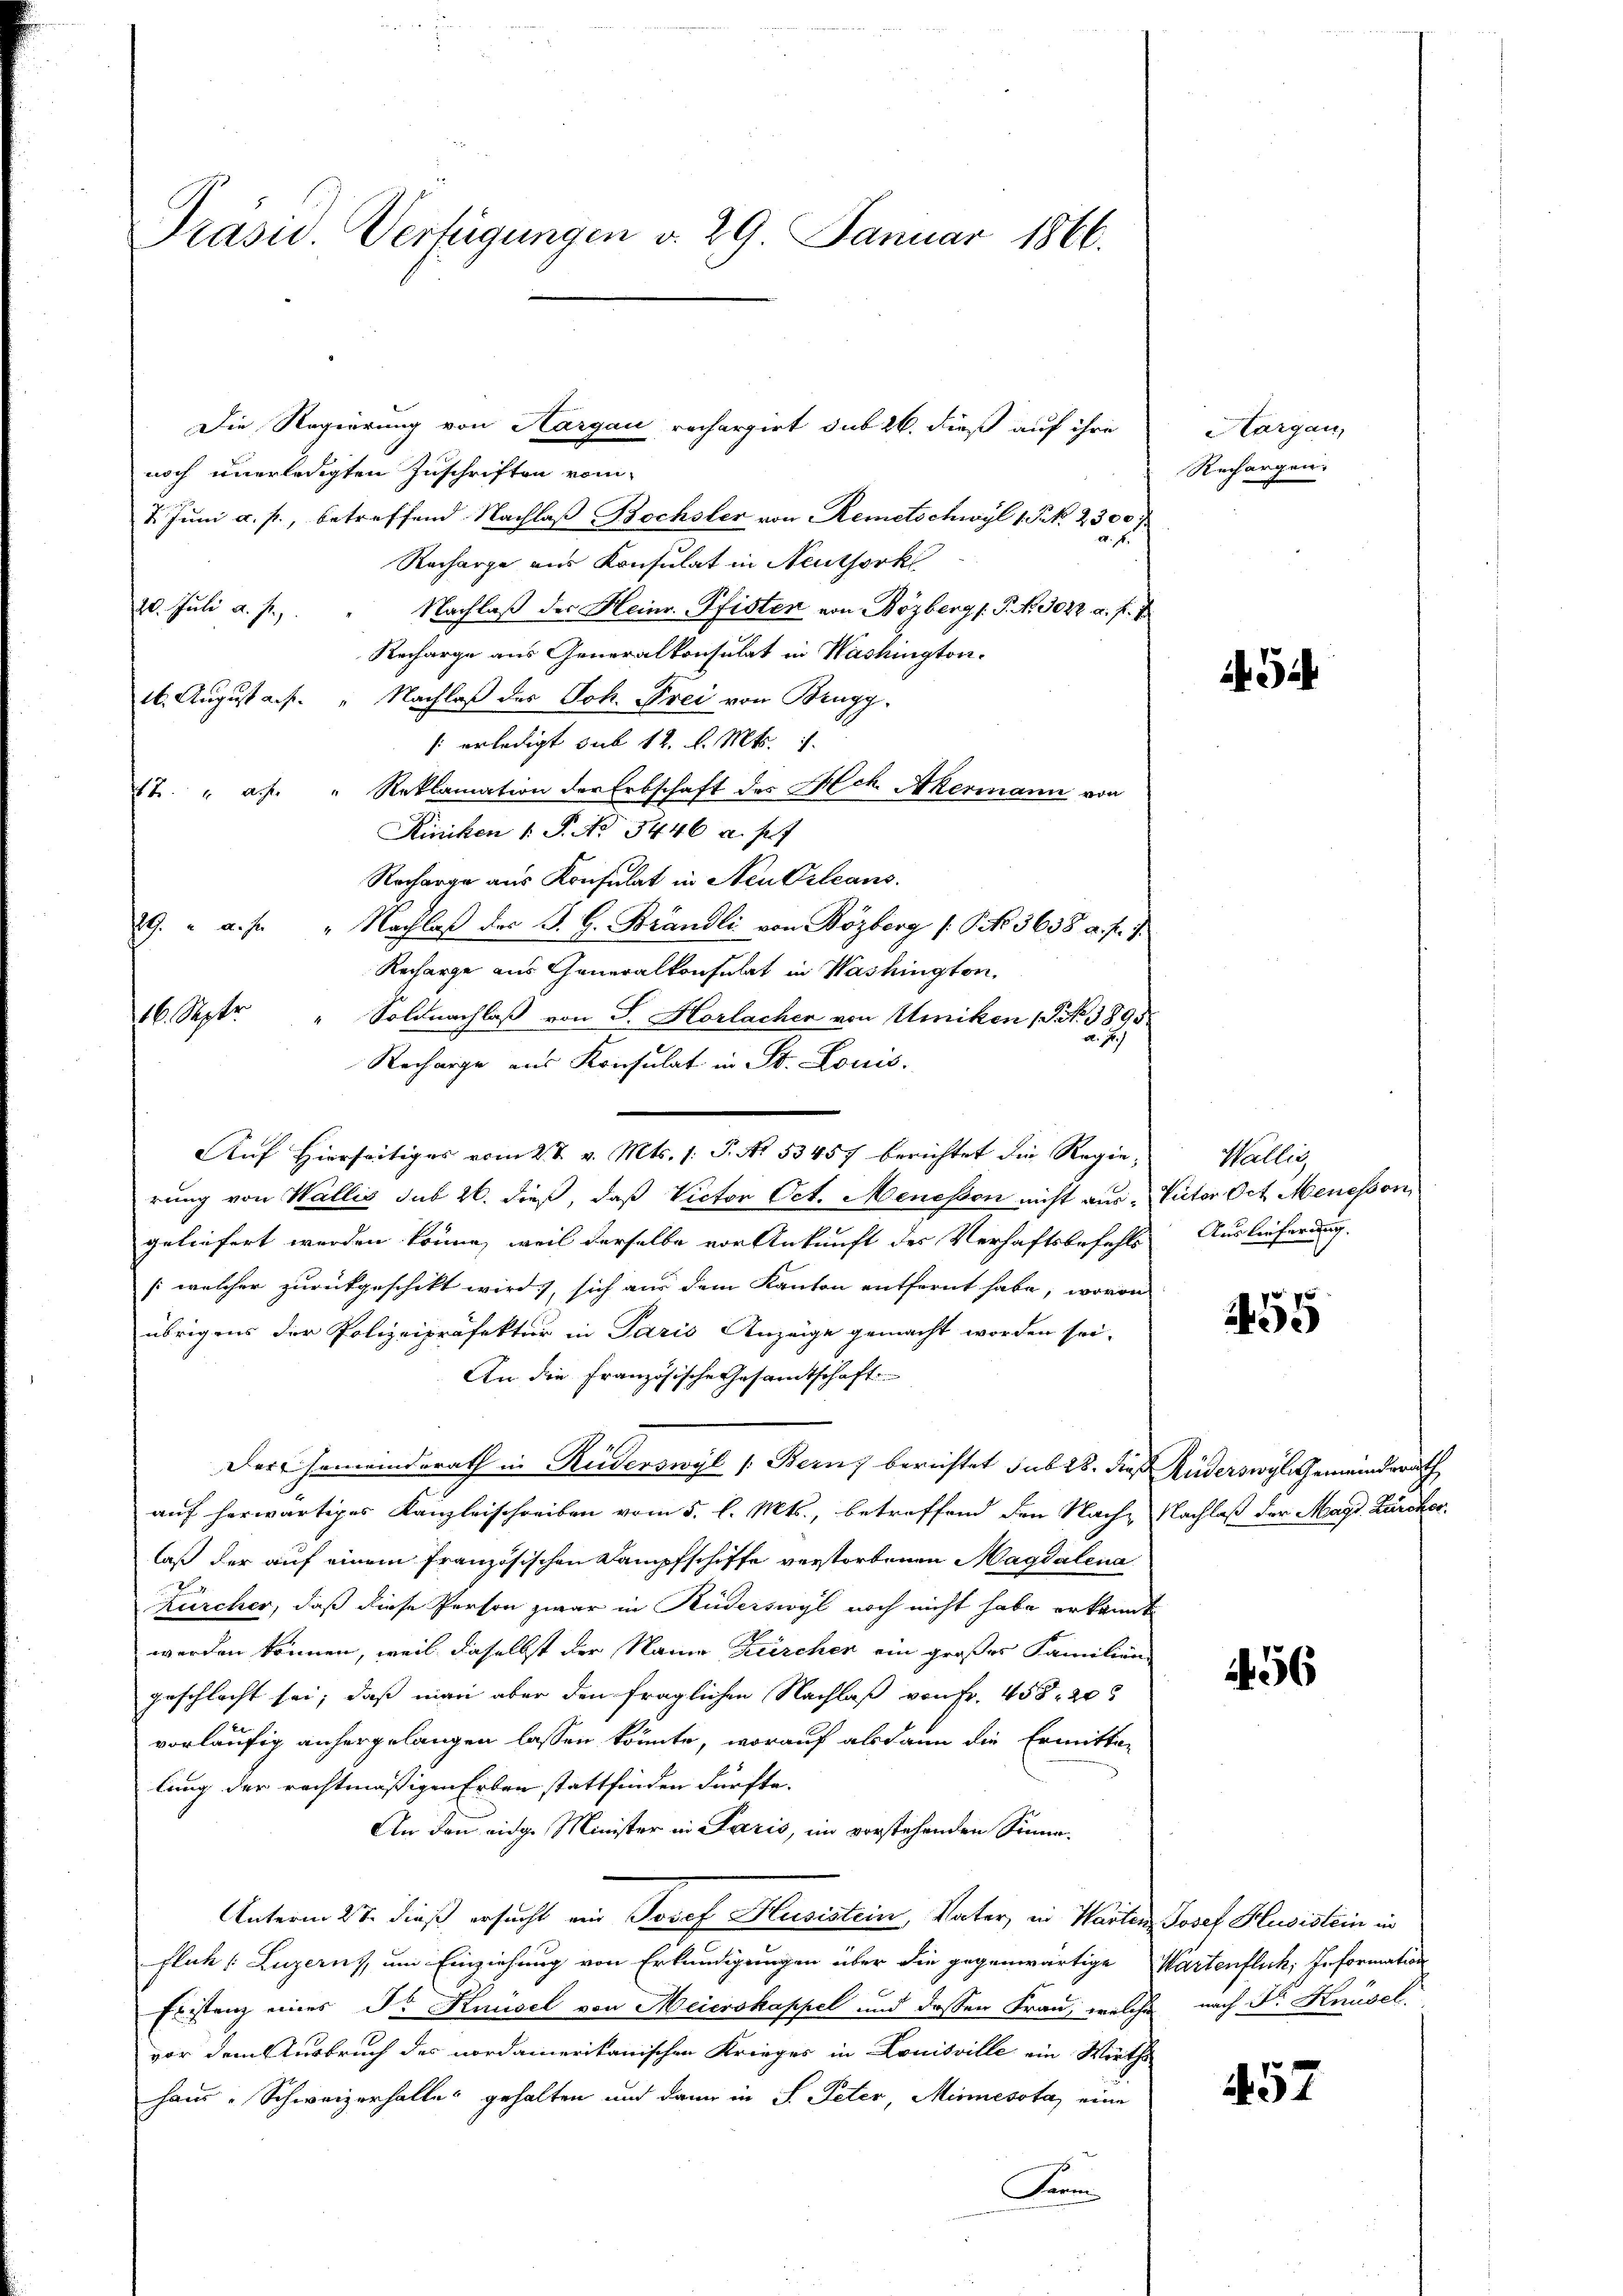
Prasis. Verfügungen d. 29. Januar 1866.

Die Regierung von Aargau rechargirt sub 26. dieß auf ihre
noch unerledigten Zuschriften vom
I. Juni a. p., betreffend Nachlaß Bochsler von Remetschwyl 1 Frk. 2300
Recharge ans Konsulat in Neuthork
20. Juli a. f.
Nachlaβ der Heinr. Pfisten von Bözberg /: P. Nr. 3022 a. f. 7
Recharge aus Generalkonsulat in Washington.
1. August a. f. " Nachlaß des Joh. Frei von Brugg,
/ erledigt sub 12. d. Mts.
1t. " a.h. " Reklamation der Erbschaft des Hch. Akermann von
Riniken 1 S. No 3446 u. s. f
Recharge aus Konsulat in Neu Orleans
29. " a. f. " Nachlaβ des S. G. Brändli von Bözberg (: No 3638 a. pr. J
Recharge aus Generalkonsulat in Washington,
11. Septer
" Soldnachlaß von J. Horlacher von Uniken (S. 3895.
Recharge aus Konsulat in St. Louis.
rung von Wallis sub 20. dieß, daß Victor Oct. Menessen nicht aus-
geliefert werden könne, weil derselbe vor Ankunft des Verhaftsbefehls
(welcher zurückgeschikt wird, sich aus dem Kanton entfernt habe, wovon
übrigens der Polizeipräfektur in Paris Anzeige gemacht worden sei.
An die Französische Gesamtschaft
Der Gemeinderath in Ruderswyl (Bern, berichtet sub 28. dieß
auf herwärtiges Kanzleischreiben vom 5. l. Mts., betreffend den Nach-
laß der auf einem französischen Dampfschiffe verstorbenen Magdalena
Zürcher, daß diese Person zwar in Ruderswyl noch nicht habe erkannt
werden können, weil daselbst der Name Kirchen ein großes Familien
geschlacht sei; daß man aber den fraglichen Nachlaß von Fr. 458. 20
vorläufig anhergelangen lassen könnte, worauf alsdann die Ermitten
lung der rechtmäßigen Erben stattfinden dürfte.
An den eidg. Minister in Paris, im vorstehenden Sinne¬
Unterm 27. dieß ersucht ein Josef Husistein, Vater, in Warten Josef Husistein in
fluh, Luzerns, um Einziehung von Erkundigungen über die gegenwärtige
Fristenz eines Dr. Knüsel von Meierskappel und dessen Frau, welche nach Dr. Knüsel
vor dem Ausbruch des nordamerikanischen Krieges in Louisville ein Wirthshaus Schweizerhalter gehalten und dann in S. Peter, Minnessta, eine
Fermi

Auf Hierseitiges vom 28. v. Mts. s. S. Nr. 53457 berichtet die Regie¬

Hargau,
Rechargen

452

Wallis,
Victor Oct. Menesson
Auslieferung.

455

Rüderswyl Gemeinderath
Nachlaß der Magd. Zürcher

256

Wartenflich, Erformation

457